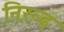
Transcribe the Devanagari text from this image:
निरूढ़